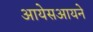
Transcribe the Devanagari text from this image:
आयेसआयने